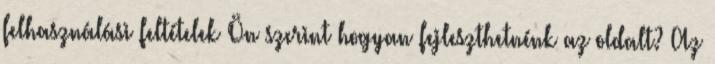
felhasználási feltételek Ön szerint hogyan fejleszthetnénk az oldalt? Az